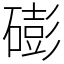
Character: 𥕱